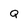
Character: Q